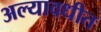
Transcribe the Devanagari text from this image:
अल्यावधीत